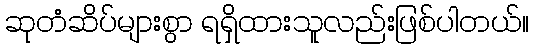
ဆုတံဆိပ်များစွာ ရရှိထားသူလည်းဖြစ်ပါတယ်။